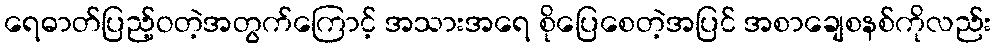
ရေဓာတ်ပြည့်ဝတဲ့အတွက်ကြောင့် အသားအရေ စိုပြေစေတဲ့အပြင် အစာချေစနစ်ကိုလည်း